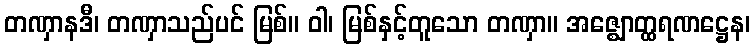
တဏှာနဒီ၊ တဏှာသည်ပင် မြစ်။ ဝါ၊ မြစ်နှင့်တူသော တဏှာ။ အဇ္ဈောတ္ထရဏဋ္ဌေန၊